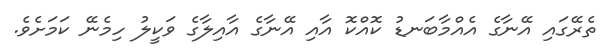
ތެރޭގައި އޭނާގެ އެއްމާބަނޑު ކޮއްކޮ އާއި އޭނާގެ އާއިލާގެ ވަކީލު ހިމެނޭ ކަމަށެވެ.